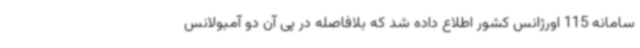
سامانه 115 اورژانس کشور اطلاع داده شد که بلافاصله در پی آن دو آمبولانس